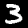
Label: 3